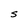
Character: S